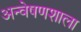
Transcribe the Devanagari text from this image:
अन्वेषणशाला